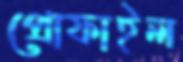
প্রোফাইল